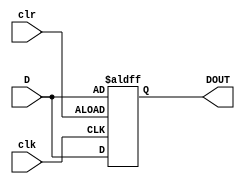
module register_8bit(clr,clk,DOUT,D);
	input clr;
	wire clr;
	
	input clk;
	wire clk;
	
	input [7:0] D;
	wire [7:0] D;

	output [7:0] DOUT;
	reg [7:0] DOUT;
	
	always @(posedge clk or posedge clr)
	begin
		if (clr==1)
			DOUT <=D;
		else
			DOUT <=D;
	end
endmodule